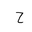
Letter: _ha